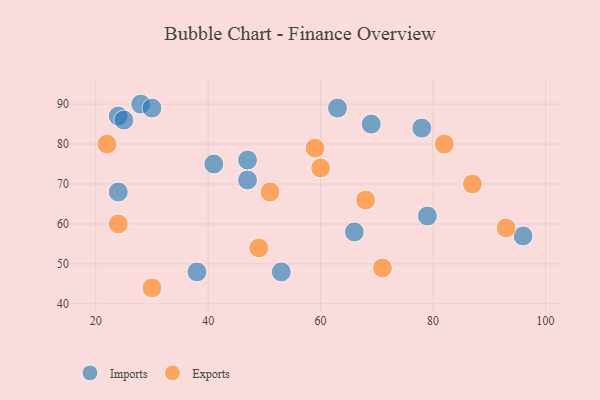
{"axis": {"x": "GDP", "y": "Life Expectancy"}, "legend": ["Exports", "Imports"], "data": [{"x": "53", "y": 48, "type": "Imports"}, {"x": "38", "y": 48, "type": "Imports"}, {"x": "47", "y": 71, "type": "Imports"}, {"x": "41", "y": 75, "type": "Imports"}, {"x": "79", "y": 62, "type": "Imports"}, {"x": "66", "y": 58, "type": "Imports"}, {"x": "24", "y": 68, "type": "Imports"}, {"x": "28", "y": 90, "type": "Imports"}, {"x": "30", "y": 89, "type": "Imports"}, {"x": "69", "y": 85, "type": "Imports"}, {"x": "96", "y": 57, "type": "Imports"}, {"x": "78", "y": 84, "type": "Imports"}, {"x": "47", "y": 76, "type": "Imports"}, {"x": "24", "y": 87, "type": "Imports"}, {"x": "63", "y": 89, "type": "Imports"}, {"x": "25", "y": 86, "type": "Imports"}, {"x": "22", "y": 80, "type": "Exports"}, {"x": "60", "y": 74, "type": "Exports"}, {"x": "24", "y": 60, "type": "Exports"}, {"x": "93", "y": 59, "type": "Exports"}, {"x": "30", "y": 44, "type": "Exports"}, {"x": "49", "y": 54, "type": "Exports"}, {"x": "59", "y": 79, "type": "Exports"}, {"x": "87", "y": 70, "type": "Exports"}, {"x": "71", "y": 49, "type": "Exports"}, {"x": "51", "y": 68, "type": "Exports"}, {"x": "68", "y": 66, "type": "Exports"}, {"x": "82", "y": 80, "type": "Exports"}]}